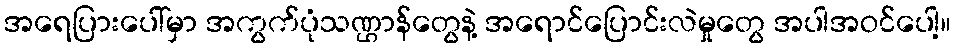
အရေပြားပေါ်မှာ အကွက်ပုံသဏ္ဌာန်တွေနဲ့ အရောင်ပြောင်းလဲမှုတွေ အပါအဝင်ပေါ့။